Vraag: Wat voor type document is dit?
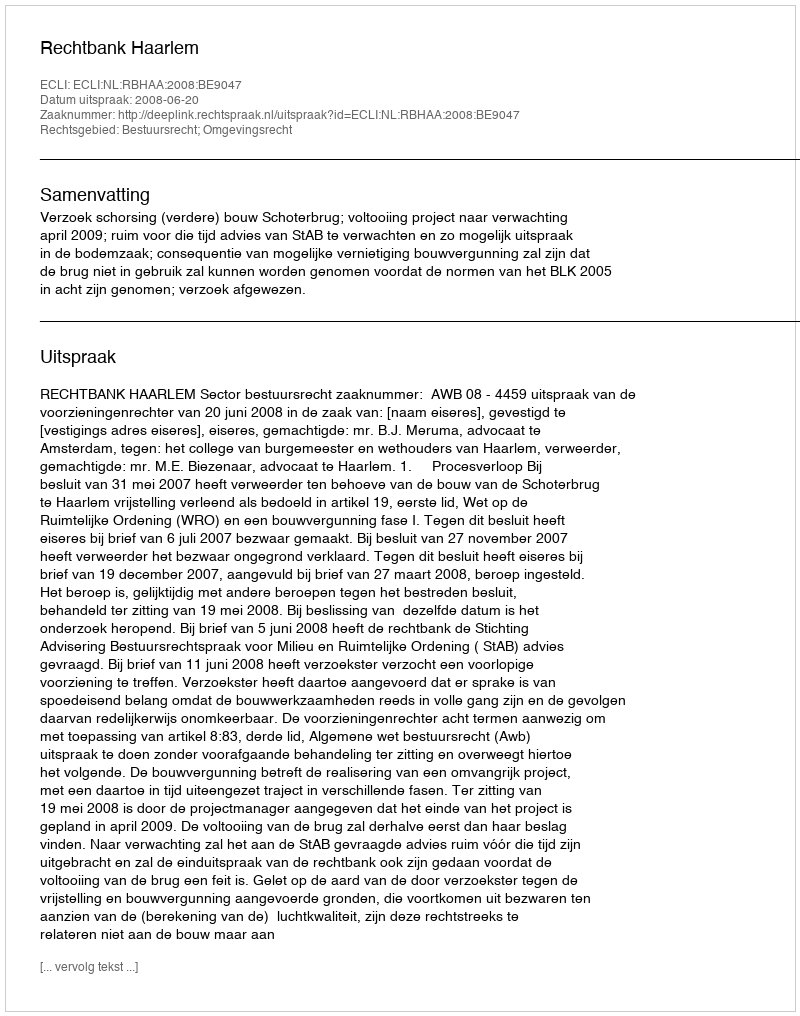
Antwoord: Uitspraak